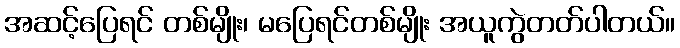
အဆင့်ပြေရင် တစ်မျိုး၊ မပြေရင်တစ်မျိုး အယူကွဲတတ်ပါတယ်။